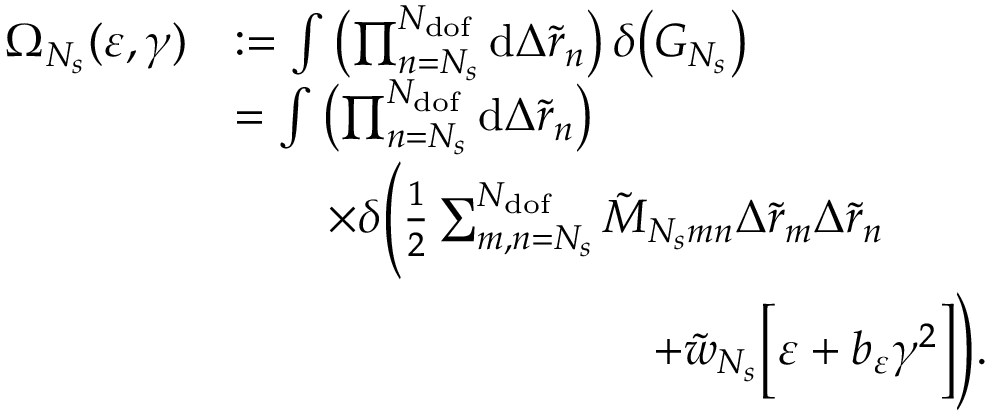
\begin{array} { r l } { \Omega _ { N _ { s } } ( \varepsilon , \gamma ) } & { : = \int { \left( \prod _ { n = N _ { s } } ^ { N _ { \mathrm { d o f } } } { \mathrm { d } \Delta \tilde { r } _ { n } } \right) \delta \big ( G _ { N _ { s } } \big ) } } \\ & { = \int { \left( \prod _ { n = N _ { s } } ^ { N _ { \mathrm { d o f } } } { \mathrm { d } \Delta \tilde { r } _ { n } } \right) } } \\ & { \qquad \times \delta \Bigg ( \frac { 1 } { 2 } \sum _ { m , n = N _ { s } } ^ { N _ { \mathrm { d o f } } } { \tilde { M } _ { N _ { s } m n } \Delta \tilde { r } _ { m } \Delta \tilde { r } _ { n } } } \\ & { \qquad \qquad \quad \qquad \qquad + \tilde { w } _ { N _ { s } } \Big [ \varepsilon + b _ { \varepsilon } \gamma ^ { 2 } \Big ] \Bigg ) . } \end{array}